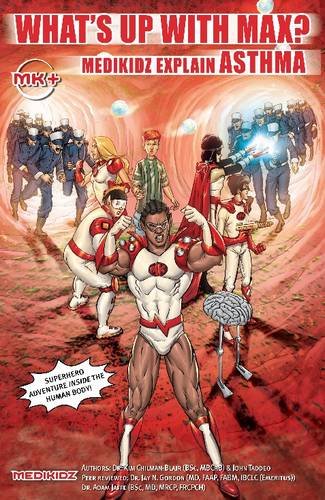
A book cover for Medikidz Explain Asthma What's Up with Max?; Kim Chilman-Blair; Health, Fitness & Dieting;